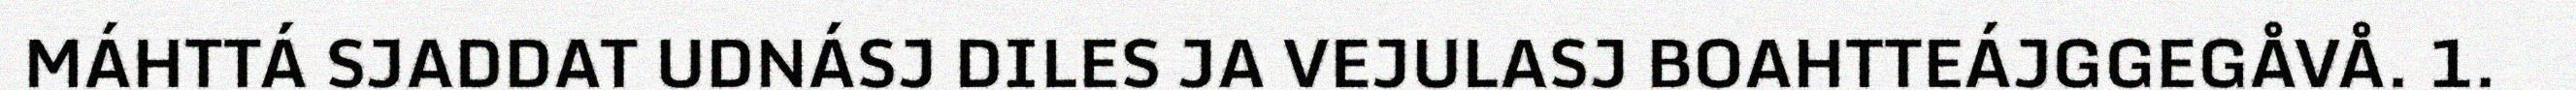
MÁHTTÁ SJADDAT UDNÁSJ DILES JA VEJULASJ BOAHTTEÁJGGEGÅVÅ. 1.